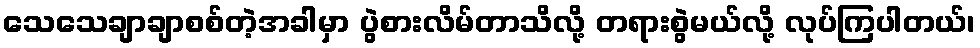
သေသေချာချာစစ်တဲ့အခါမှာ ပွဲစားလိမ်တာသိလို့ တရားစွဲမယ်လို့ လုပ်ကြပါတယ်၊